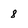
Character: 8